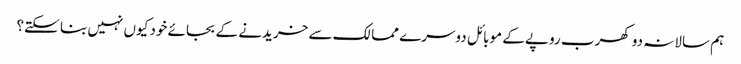
ہم سالانہ دو کھرب روپے کے موبائل دوسرے ممالک سے خریدنے کے بجائے خود کیوں نہیں بنا سکتے؟